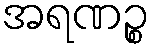
အရဏဉ္စ